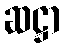
ဆဋ္ဌာ